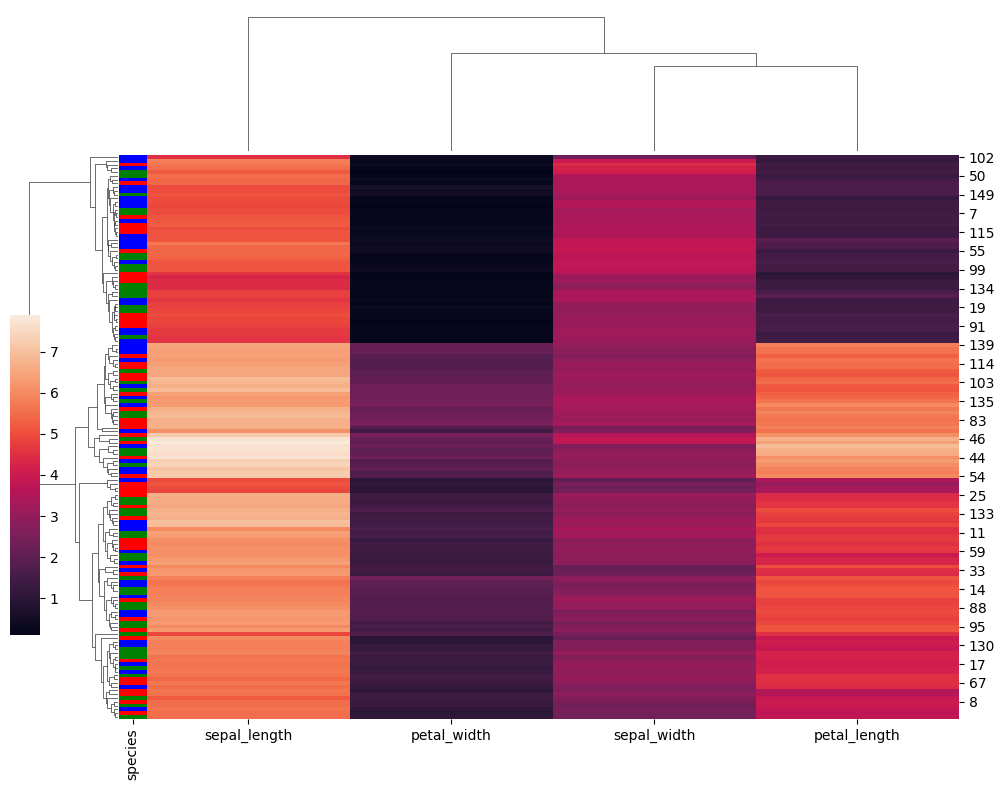
python, seaborn, clustermap, figsize=(10, 8), row_cluster=True, dendrogram_ratio=(0.1, 0.2), cbar_pos=(0, 0.2, 0.03, 0.4)